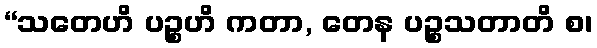
“သတေဟိ ပဉ္စဟိ ကတာ, တေန ပဉ္စသတာတိ စ၊